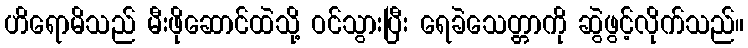
ဟိရောမိသည် မီးဖိုဆောင်ထဲသို့ ဝင်သွားပြီး ရေခဲသေတ္တာကို ဆွဲဖွင့်လိုက်သည်။